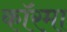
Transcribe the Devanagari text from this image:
कॉरमा